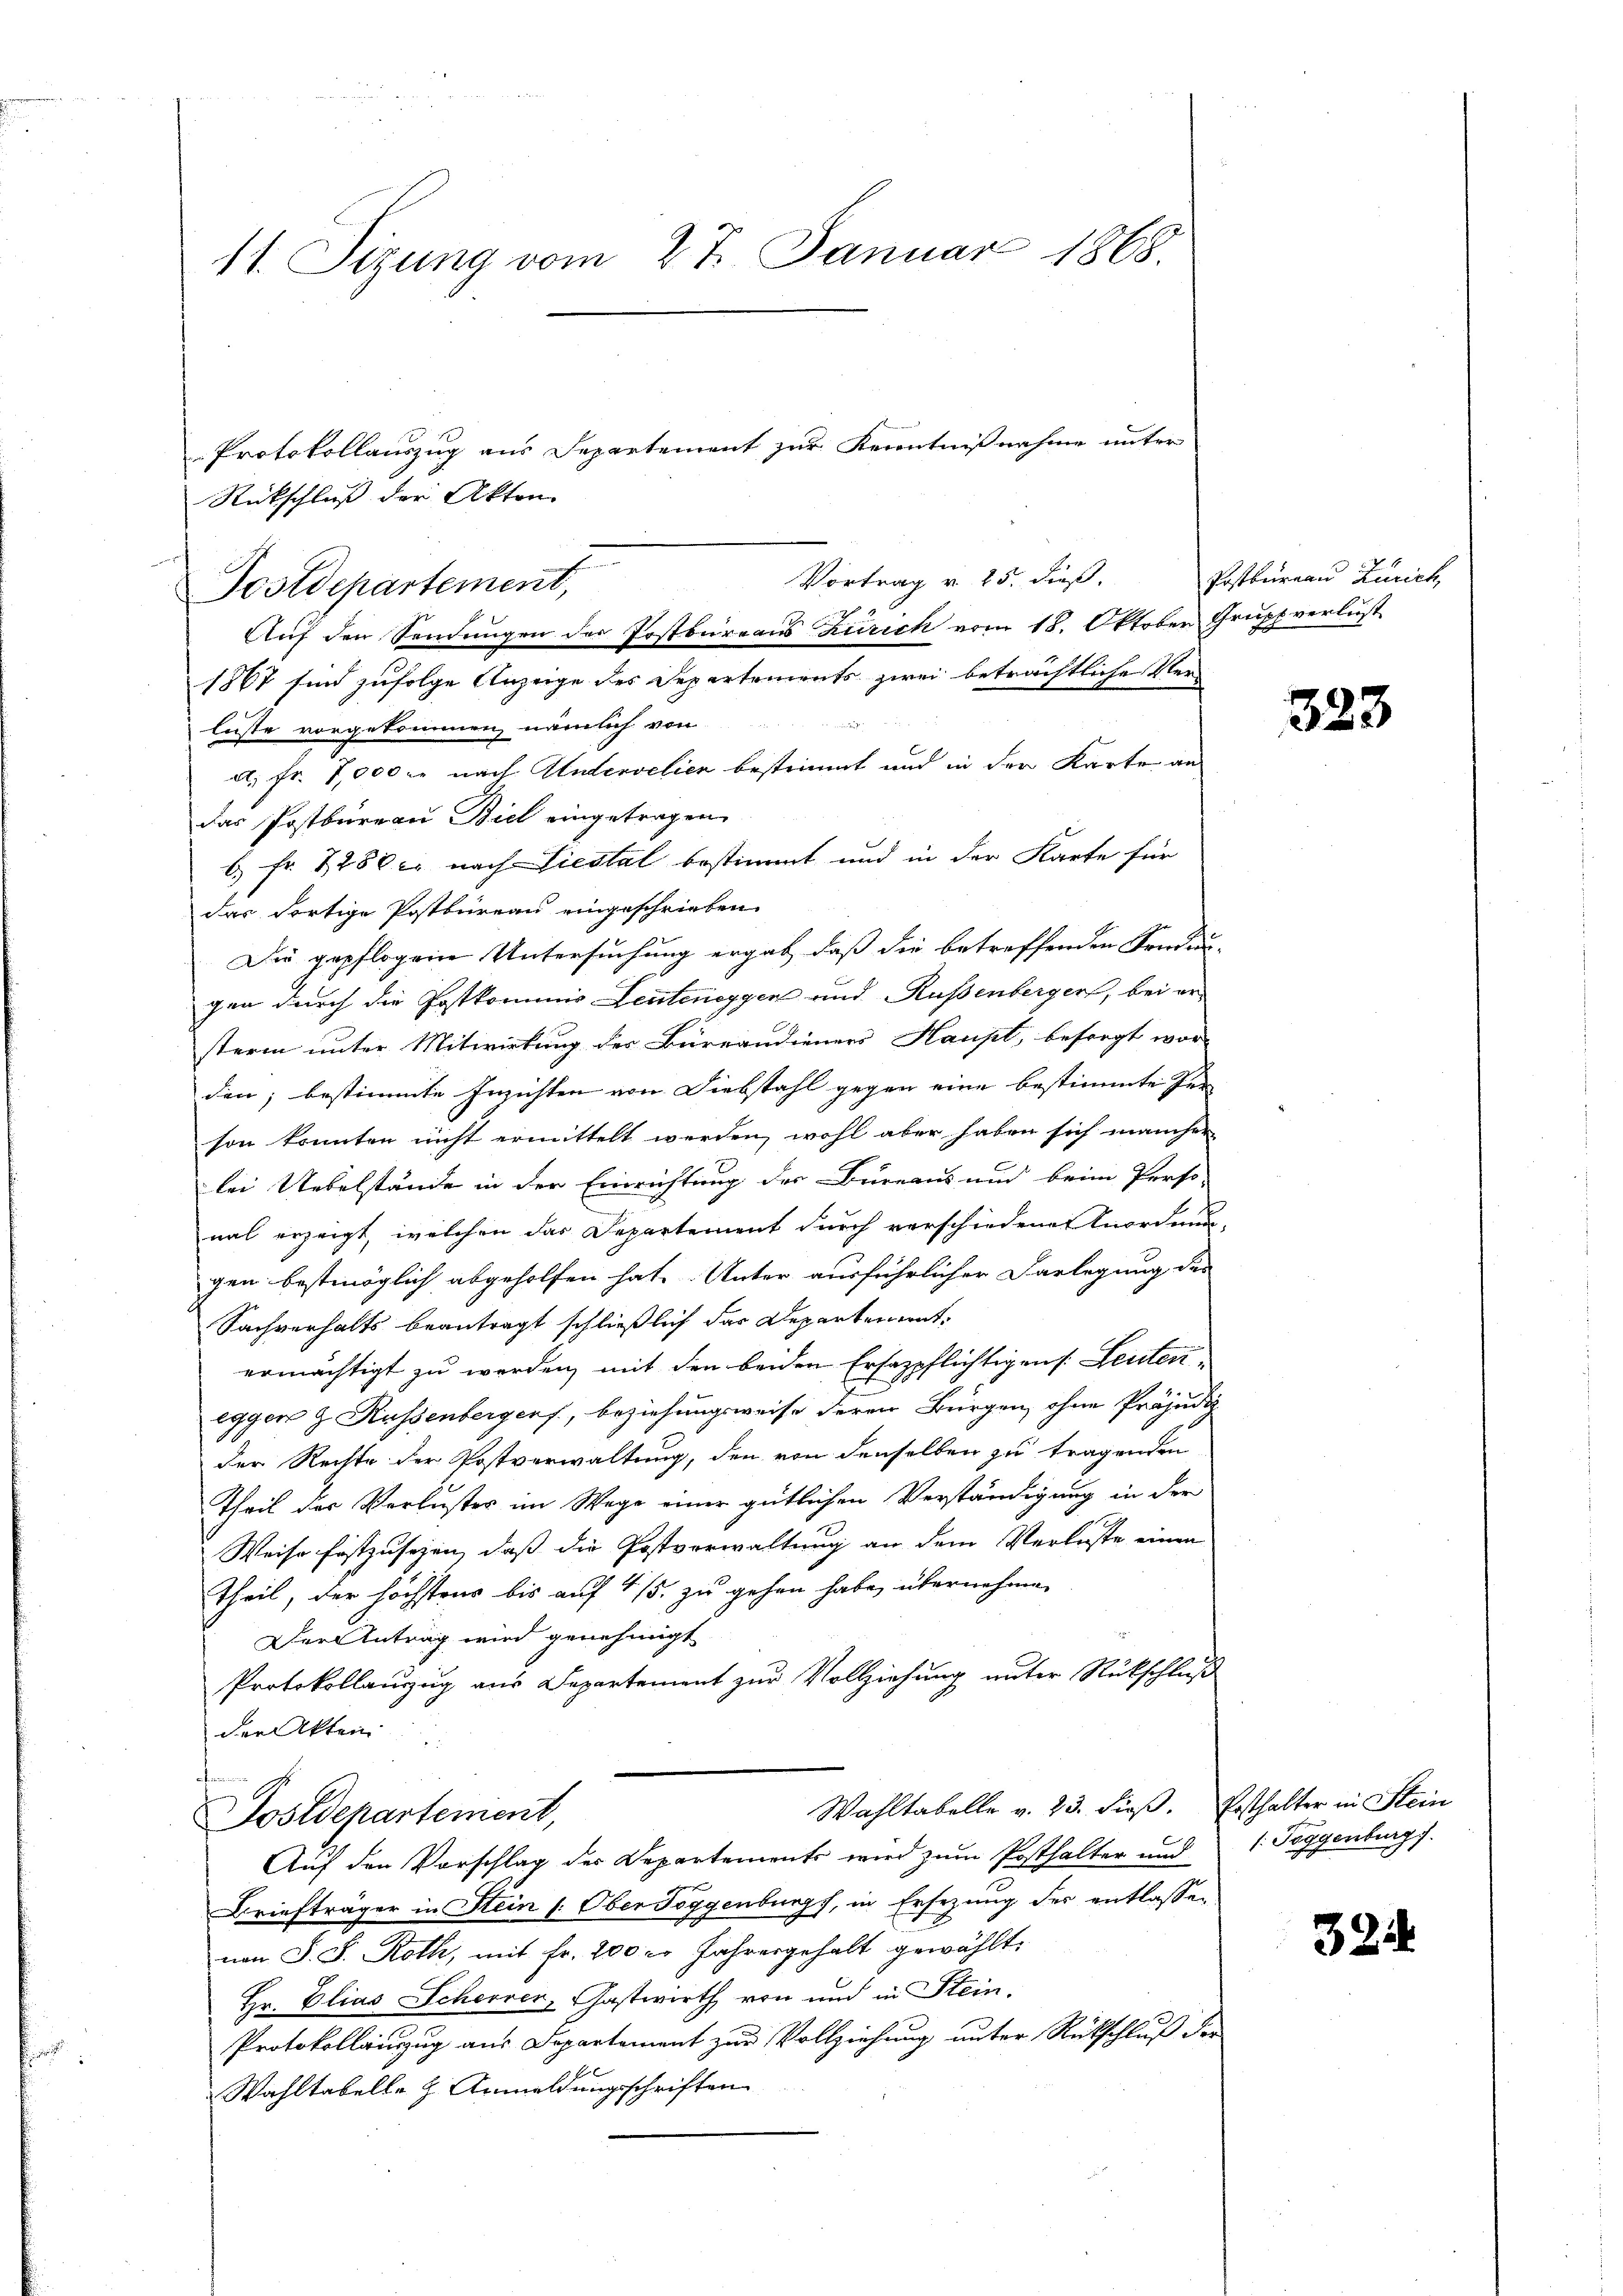
11. Sitzung vom 27. Januar 1868

Protokollauszug aus Departement zur Kenntnißnahme unter
Rückschluß der Akten.
Vortrag v. 25. dieß.
1867 sind zufolge Anzeige des Separtements zwei beträchtliche Verlüste vorgekommen, nämlich von
d. fr. 7,000 l. nach Untervelien bestimmt und in der Karte an
Das Postbureau Biel eingetragen.
b) Fr. 1280 er nach Liestal bestimmt und in der Karte für
das dortige Postbureau eingeschrieben.
Die gepflogen Untersuchung ergab, daß die betreffenden Sendun-
gen durch die Postkommis Leuteneggen und Rußenberger, bei ersterin unter Mitwirkung der Büreandieners Haupt, besorgt wor-
den; bestimmte Inzichten von Diebstahl gegen eine bestimmte Per
son konnten nicht ermittelt werden, wohl aber haben sich mancher
lei Uebelstände in der Einrichtung der Bureaus und beim Perso-
nal erzeigt, welchen das Departement durch verschiedener Anordnun-
gen bestmöglich abgeholfen hat. Unter ausführlicher Darlegung des
Sachverhalts beantragt schließlich das Departementermächtigt zu werden, mit den beiden Ersazpflichtigens. Leuteneggen & Russenbergens, beziehungsweise deren Bürgen, ohne Präjudic
der Rechte der Postverwaltung, den von denselben zu tragenden
Theil der Verluster im Wege einer gütlichen Verständigung in der
Weise festzusehen, daß die Postverwaltung an dem Verluste einen
Theil, der höchstens bis auf 4/5. zu gehen habe, übernehmen
Der Antrag wird genehmigt
Protokollauszug aus Departement zur Vollziehung unter Rückschluß
der Akten
Wahltabelle v. 23. dieß. Ersthalter in Stein
Postdepartement,
Auf den Vorschlag des Departements wird zum Posthalter und
Briefträger in Stein Ober Toggenburgs, in Ersezung der entlassen
nen S. S. Roth, mit Fr. 200 Jahresgehalt gewählt.
Hr. Elias Scherver, Gastwirth von und in Stein,
Protokollauszug aus Departement zur Vollziehung unter Rückschluß der
Wahltabelle 3 Anmeldungsschriften

Postdepartement,
Auf den Sendungen der Postbureaus Zürich vom 18. Oktober Grupp verlust

Postbureau Zürich,

323

/. Toggenburg.

324